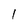
Character: l